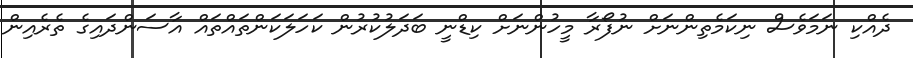
ދެއްކި ނަމަވެސް ނިކަމެތިންނަށް ނުފޯރާ މީހުންނަށް ކިޑްނީ ބަދަލުުކުުރުން ކަހަލަކަންތައްތައް އާސަންދައިގެ ތެރެއިން